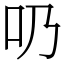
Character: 𠮨